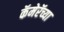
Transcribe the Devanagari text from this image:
कॅमेरॅच्या